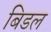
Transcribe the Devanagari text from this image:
बिडल